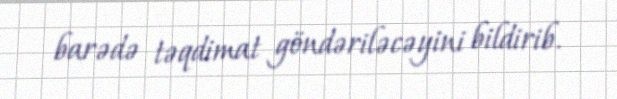
barədə təqdimat göndəriləcəyini bildirib.